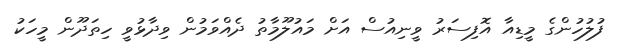
ފުލުހުންގެ މީޑިއާ އޮފިސަރު ވީނިއުސް އަށް މައުލޫމާތު ދެއްވަމުން ވިދާޅުވީ ހިތަދޫން މީހަކު